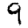
Digit: 9